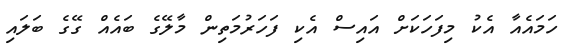
ހަމައެއާ އެކު މިފަހަކަށް އައިސް އެކި ފަހަރުމަތިން މާލޭގެ ބައެއް ގޭގެ ބަލައި